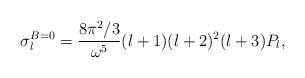
LaTeX: \begin{align*}\sigma_l^{B=0} = {{ 8 \pi^2/3} \over \omega^5} (l+1)(l+2)^2 (l+3) P_l,\end{align*}